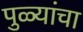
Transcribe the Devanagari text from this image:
पुळ्यांचा